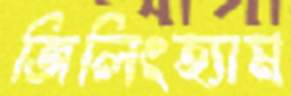
জিলিংহ্যাম